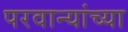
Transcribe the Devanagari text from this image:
परवान्यांच्या